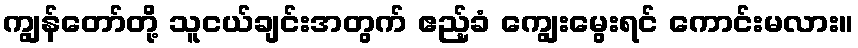
ကျွန်တော်တို့ သူငယ်ချင်းအတွက် ဧည့်ခံ ကျွေးမွေးရင် ကောင်းမလား။